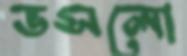
ভসলো